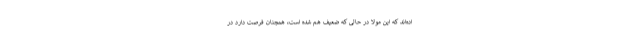
اده‌اند که این مولا در حالی که ضعیف هم شده است، همچنان فرصت دارد در